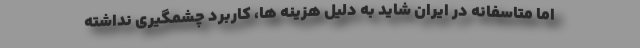
اما متاسفانه در ایران شاید به دلیل هزینه ها، کاربرد چشمگیری نداشته